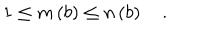
LaTeX: 1 \le m \left( b \right) \le n \left( b \right) \quad .